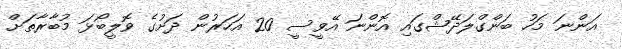
އަންނަ މަހު ބަންގްލަދޭޝްގައި އޮންނަ އޭވީސީ 20 އަހަރުން ދަށުގެ ވޮލީބޯޅަ މުބާރާތަށް